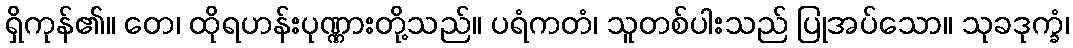
ရှိကုန်၏။ တေ၊ ထိုရဟန်းပုဏ္ဏားတို့သည်။ ပရံကတံ၊ သူတစ်ပါးသည် ပြုအပ်သော။ သုခဒုက္ခံ၊